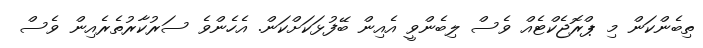
ތިބެންކަން މި ޕްރޮޖެކްޓެއް ވެސް ލިބެންވީ އެއިން ބޭފުޅަކަށްކަން. އެހެންވެ ސަރުކާރުތެރެއިން ވެސް